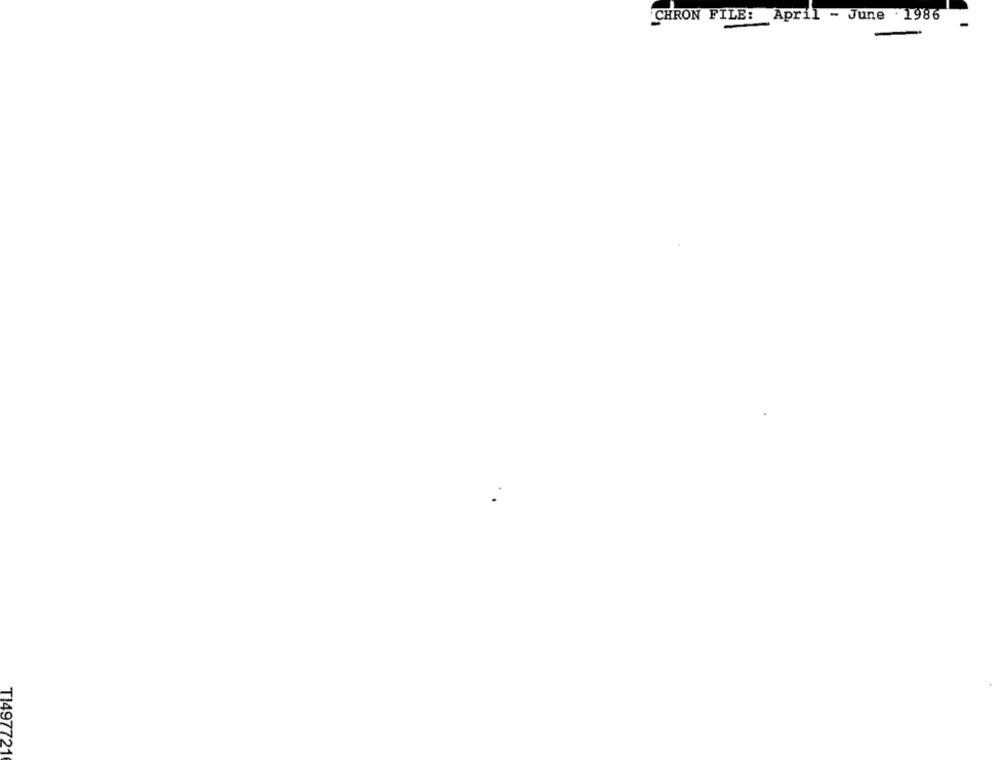
CHRON FILE: April - June 1986
-
T1497721